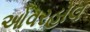
ઓવરહોલ